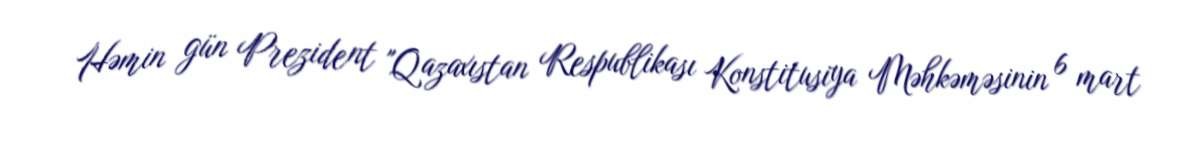
Həmin gün Prezident "Qazaxıstan Respublikası Konstitusiya Məhkəməsinin 6 mart